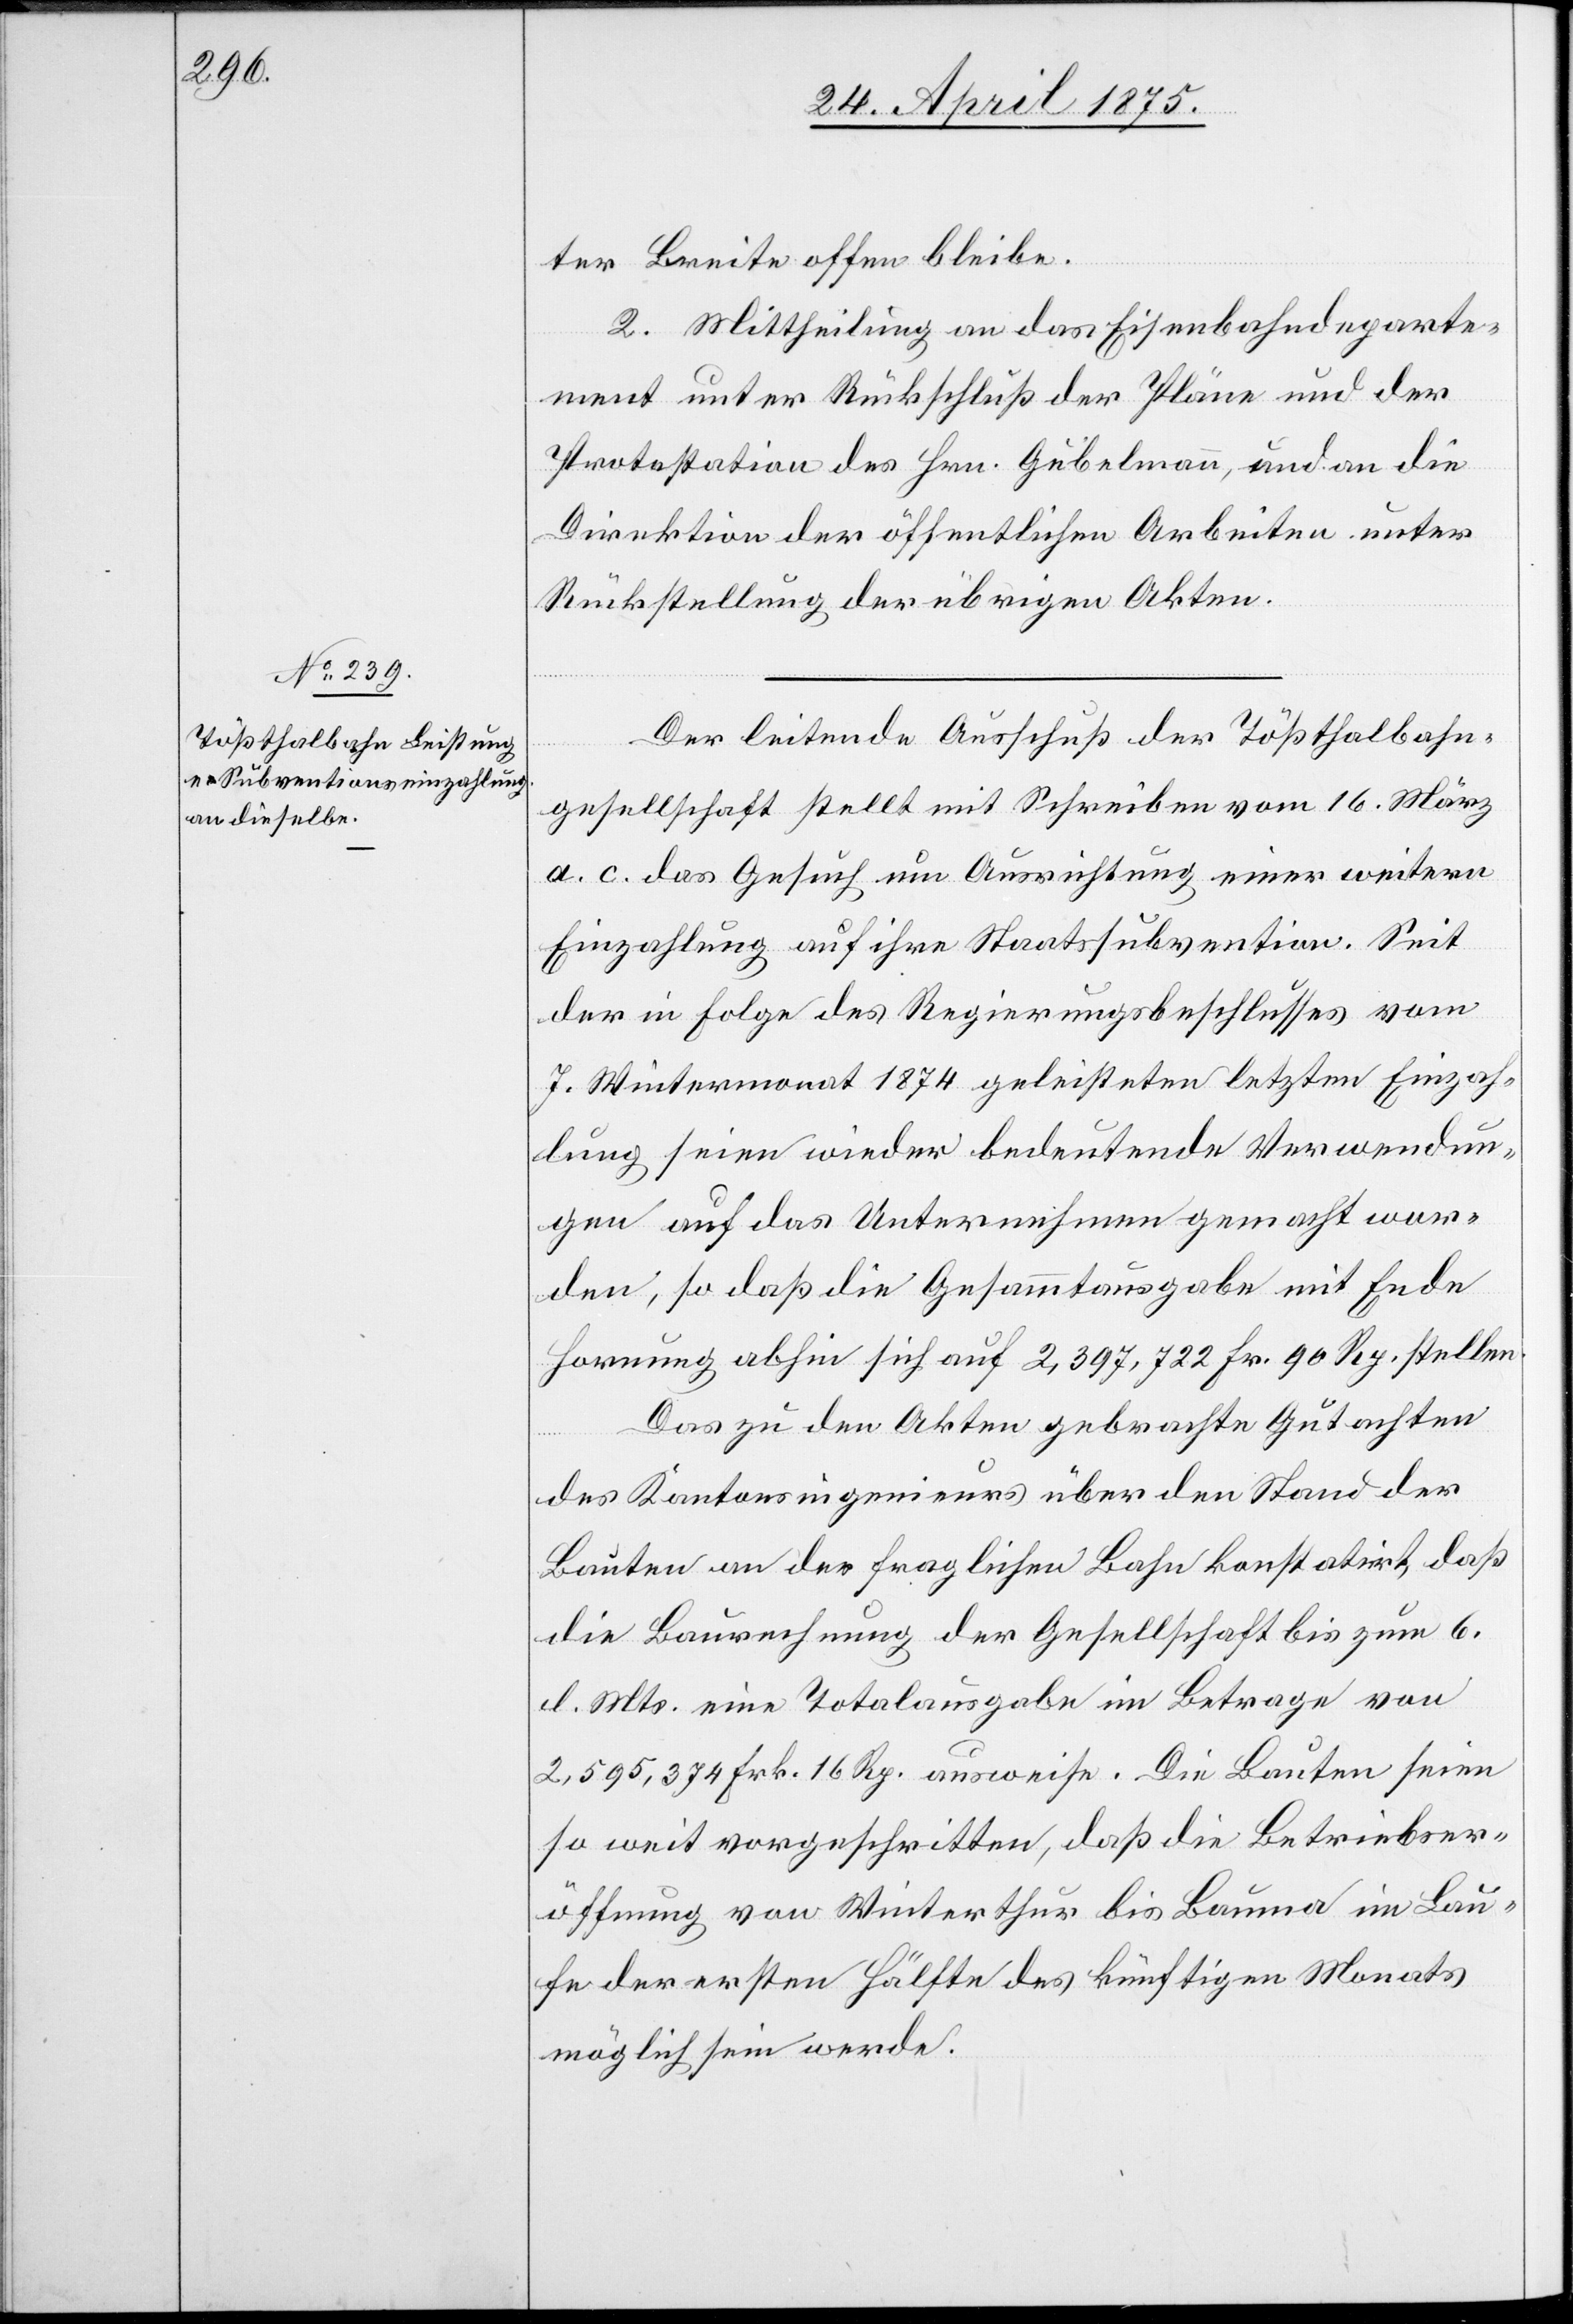
be.
2. Mittheilung an das Eisenbahndeparte¬
ment unter Rückschluß der Pläne und der
Protestation des Hrn. Gubelmann, und an die
Direktion der öffentlichen Arbeiten unter
Rückstellung der übrigen Akten.
Der leitende Ausschuß der Tößthalbahn¬
gesellschaft stellt mit Schreiben vom 16. März
a. c. das Gesuch um Ausrichtung einer weitern
Einzahlung auf ihre Staatssubvention. Seit
der in Folge des Regierungsbeschlusses vom
7. Wintermonat 1874 geleisteten letzten Einzah¬
lung seien wieder bedeutende Verwendun¬
gen auf das Unternehmen gemacht wor¬
den, so daß die Gesammtausgabe mit Ende
Hornung abhie sich auf 2,397,722 Fr. 90 Rp. stellen.
Das zu den Akten gebrachte Gutachten
des Kantonsingenieurs über den Stand der
Bauten an der fraglichen Bahn konstatirt, daß
die Baurechnung der Gesellschaft bis zum 6.
d. Mts. eine Totalausgabe im Betrage von
2,595,374 Frk. 16 Rp. ausweise. Die Bauten seien
so weit vorgeschritten, daß die Betriebser¬
öffnung von Winterthur bis Bauma im Lau¬
fe der ersten Hälfte des künftigen Monats
möglich sein werde.